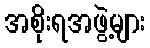
အစိုးရအဖွဲ့များ